Leprosy in India: report of the Leprosy Commission in India, 1890-91
Year: 1890
Disease focus: Leprosy
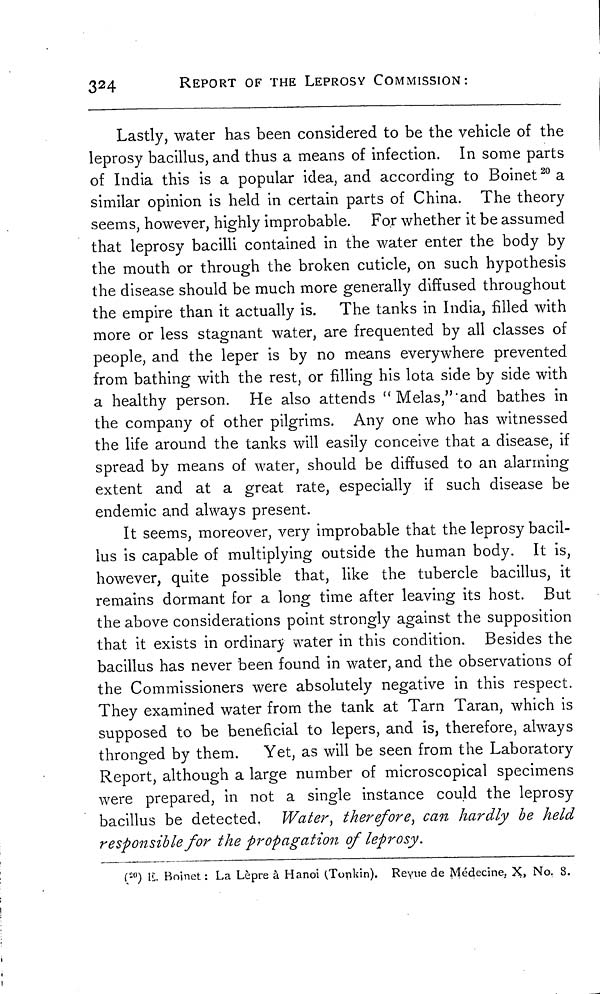
324
REPORT OF THE LEPROSY COMMISSION:
Lastly, water has been considered to be the vehicle of the
leprosy bacillus, and thus a means of infection. In some parts
of India this is a popular idea, and according to Boinet 20 a
similar opinion is held in certain parts of China. The theory
seems, however, highly improbable. For whether it be assumed
that leprosy bacilli contained in the water enter the body by
the mouth or through the broken cuticle, on such hypothesis
the disease should be much more generally diffused throughout
the empire than it actually is. The tanks in India, filled with
more or less stagnant water, are frequented by all classes of
people, and the leper is by no means everywhere prevented
from bathing with the rest, or filling his lota side by side with
a healthy person. He also attends " Melas," and bathes in
the company of other pilgrims. Any one who has witnessed
the life around the tanks will easily conceive that a disease, if
spread by means of water, should be diffused to an alarming
extent and at a great rate, especially if such disease be
endemic and always present.
It seems, moreover, very improbable that the leprosy bacil-
lus is capable of multiplying outside the human body. It is,
however, quite possible that, like the tubercle bacillus, it
remains dormant for a long time after leaving its host. But
the above considerations point strongly against the supposition
that it exists in ordinary water in this condition. Besides the
bacillus has never been found in water, and the observations of
the Commissioners were absolutely negative in this respect.
They examined water from the tank at Tarn Taran, which is
supposed to be beneficial to lepers, and is, therefore, always
thronged by them. Yet, as will be seen from the Laboratory
Report, although a large number of microscopical specimens
were prepared, in not a single instance could the leprosy
bacillus be detected. Water, therefore, can hardly be held
responsible for the propagation of leprosy.
( 20 ) E. Boinet : La Lèpre à Hanoi (Tonkin). Reyue de Médecine. X, No. 8.